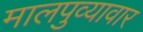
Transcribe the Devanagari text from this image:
मालपुव्यावार